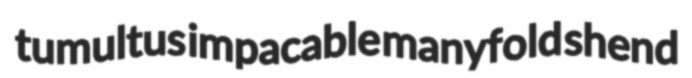
tumultus impacable manyfold shend